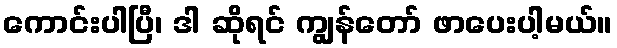
ကောင်းပါပြီ၊ ဒါ ဆိုရင် ကျွန်တော် ဖာပေးပါ့မယ်။